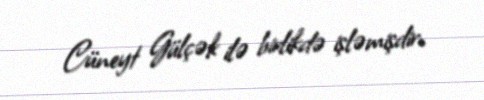
Cüneyt Gülçək ilə birlikdə işləmişdir.